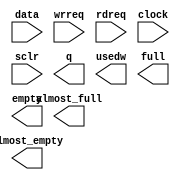
module data_store_fifo (
		input  wire [7:0]  data,         //  fifo_input.datain
		input  wire        wrreq,        //            .wrreq
		input  wire        rdreq,        //            .rdreq
		input  wire        clock,        //            .clk
		input  wire        sclr,         //            .sclr
		output wire [7:0]  q,            // fifo_output.dataout
		output wire [10:0] usedw,        //            .usedw
		output wire        full,         //            .full
		output wire        empty,        //            .empty
		output wire        almost_full,  //            .almost_full
		output wire        almost_empty  //            .almost_empty
	);
endmodule